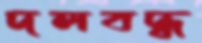
দলবদ্ধ